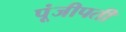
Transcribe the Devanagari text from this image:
पूंजीपती